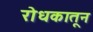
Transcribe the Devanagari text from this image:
रोधकातून